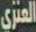
العنزي